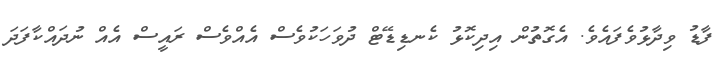
ފާޑު ވިދާޅުވެފައެވެ. އެގޮތުން އިދިކޮޅު ކެނޑިޑޭޓް ދުވަހަކުވެސް އެއްވެސް ރައީސް އެއް ނުދައްކާފަދަ